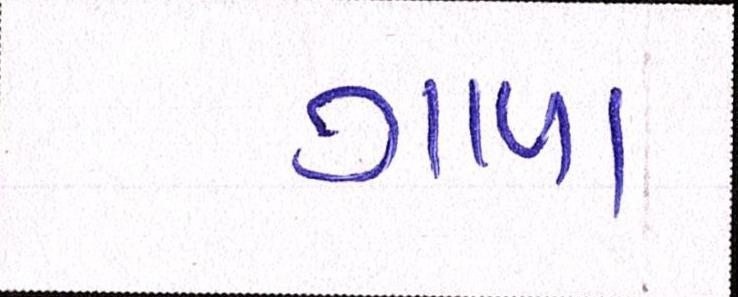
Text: ગાળા